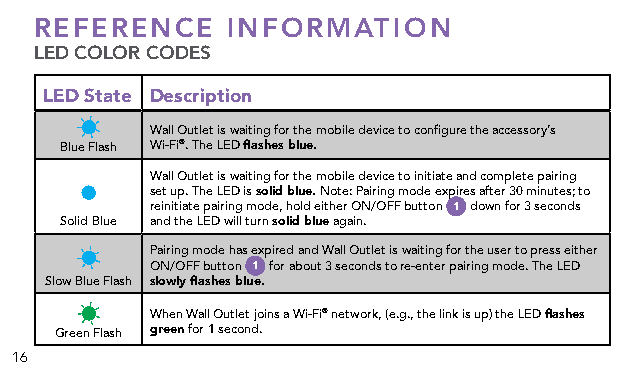
REFERENCE    INFORMATION
 L ED COLOR CODES
 LED State Description
 Wall Outlet is waiting for the mobile device to configure the accessory’s
 Blue Flash Wi-Fi®. The LED flashes blue.
 Wall Outlet is waiting for the mobile device to initiate and complete pairing
 set up. The LED is solid blue. Note: Pairing mode expires after 30 minutes; to
 reinitiate pairing mode, hold either ON/OFF button 1 down for 3 seconds
 Solid Blue and the LED will turn solid blue again.
 Pairing mode has expired and Wall Outlet is waiting for the user to press either
 ON/OFF button 1 for about 3 seconds to re-enter pairing mode. The LED
 Slow Blue Flash slowly flashes blue.
 When Wall Outlet joins a Wi-Fi® network, (e.g., the link is up) the LED flashes
 Green Flash green for 1 second.
 16